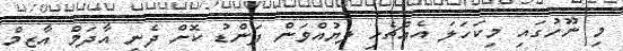
މި ނޫހުގައި މިކަހަލަ އެއްޗެހި ލޔުއްވަން ފަންޑު ކޮށް ދެނީ އާދަމް އާޒިމް